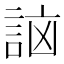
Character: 𧧣